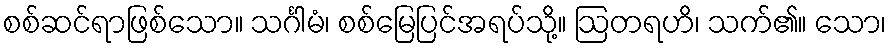
စစ်ဆင်ရာဖြစ်သော။ သင်္ဂါမံ၊ စစ်မြေပြင်အရပ်သို့။ ဩတရဟိ၊ သက်၏။ သော၊